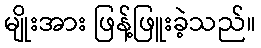
မျိုးအား ဖြန့်ဖြူးခဲ့သည်။